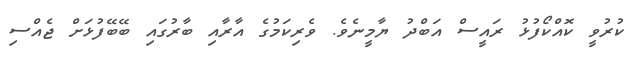
ކުރުވީ ކޮއްކޯފުޅު ރައީސް އަބްދު ޔާމީނެވެ. ވެރިކަމުގެ އާރާއި ބާރުގައި ބޭބޭފުޅަށް ޖެއްސި